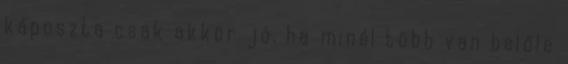
káposzta csak akkor jó, ha minél több van belőle